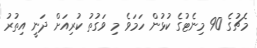
މެޗުގެ 90 މިނެޓުގެ ކުޅުން ހަމަވެ މި ވަގުތު ކުރިއަށް ދަނީ އިތުރު